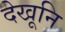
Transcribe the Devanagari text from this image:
देखूनि